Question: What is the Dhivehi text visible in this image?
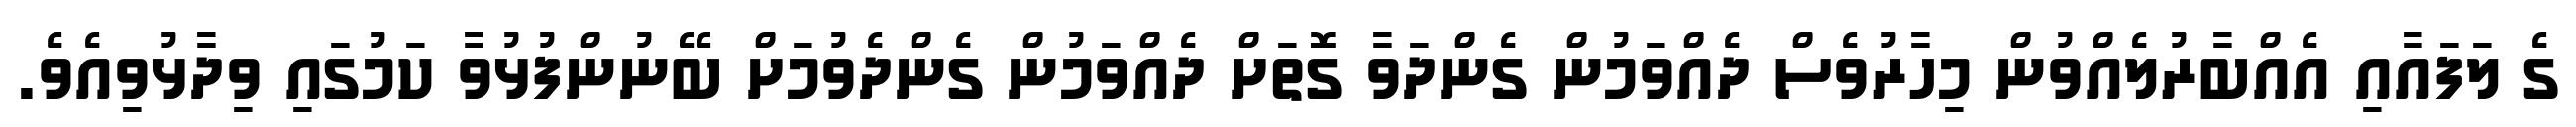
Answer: ގެ ލަފައާއި އެއްބާރުލެއްވުން މިހާރުވެސް ދެއްވަމުން ގެންދަވާ ގޮތަށް ދެއްވަމުން ގެންދެވުމަށް ބޭނުންފުޅުވާ ކަމުގައި ވިދާޅުވިއެވެ.